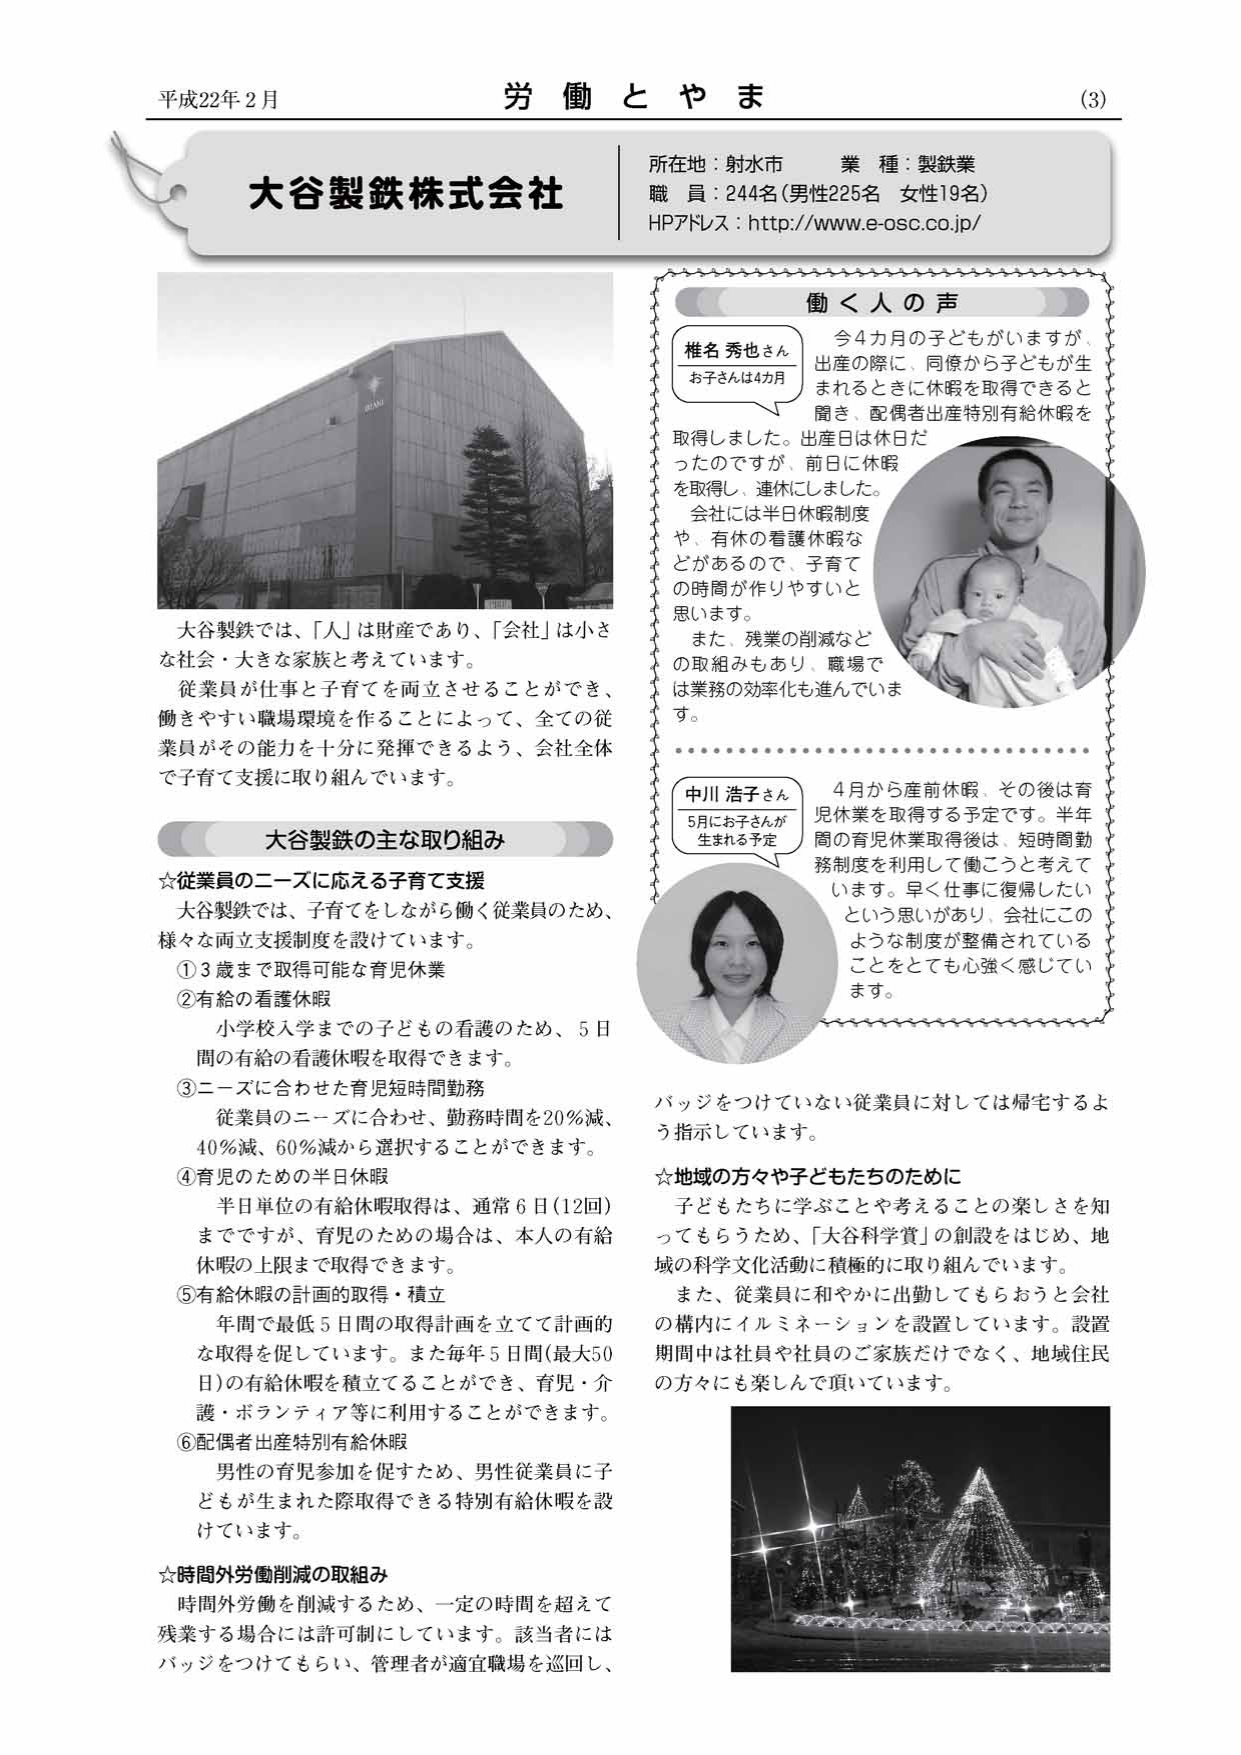
平成22年2月
労働とやま
(3)

大谷製鉄株式会社
所在地：射水市 業種：製鉄業
職員：244名（男性225名 女性19名）
HPアドレス：http://www.e-osc.co.jp/

大谷製鉄では、「人」は財産であり、「会社」は小さ
な社会・大きな家族と考えています。
従業員が仕事と子育てを両立させることができ、
働きやすい職場環境を作ることによって、全ての従
業員がその能力を十分に発揮できるよう、会社全体
で子育て支援に取り組んでいます。

大谷製鉄の主な取り組み

☆従業員のニーズに応える子育て支援
大谷製鉄では、子育てをしながら働く従業員のため、
様々な両立支援制度を設けています。
①3歳まで取得可能な育児休業
②有給の看護休暇
　小学校入学までの子どもの看護のため、5日
　間の有給の看護休暇を取得できます。
③ニーズに合わせた育児短時間勤務
　従業員のニーズに合わせ、勤務時間を20％減、
　40％減、60％減から選択することができます。
④育児のための半日休暇
　半日単位の有給休暇取得は、通常6日（12回）
　までですが、育児のための場合は、本人の有給
　休暇の上限まで取得できます。
⑤有給休暇の計画的取得・積立
　年間で最低5日間の取得計画を立てて計画的
　な取得を促しています。また毎年5日間（最大50
　日）の有給休暇を積立てることができ、育児・介
　護・ボランティア等に利用することができます。
⑥配偶者出産特別有給休暇
　男性の育児参加を促すため、男性従業員に子
　どもが生まれた際取得できる特別有給休暇を設
　けています。

☆時間外労働削減の取組み
　時間外労働を削減するため、一定の時間を超えて
　残業する場合には許可制としています。該当者には
　バッジをつけてもらい、管理者が適宜職場を巡回し、

働く人の声

椎名秀也さん
お子さんは4カ月

今4カ月の子どもがいますが、
出産の際に、同僚から子どもが生
まれるときに休暇を取得できると
聞き、配偶者出産特別有給休暇を
取得しました。出産日は休日だ
ったのですが、前日に休暇
を取得し、連休にしました。
会社には半日休暇制度
や、有休の看護休暇な
どがあるので、子育て
の時間が作りやすいと
思います。
また、残業の削減など
の取組みもあり、職場で
は業務の効率化も進んでいま
す。

中川浩子さん
5月にお子さんが
生まれる予定

4月から産前休暇、その後は育
児休業を取得する予定です。半年
間の育児休業取得後は、短時間勤
務制度を利用して働こうと考えて
います。早く仕事に復帰したい
という思いがあり、会社にこの
ような制度が整備されている
ことをとても心強く感じてい
ます。

バッジをつけていない従業員に対しては帰宅するよ
う指示しています。

☆地域の方々や子どもたちのために
　子どもたちに学ぶことや考えることの楽しさを知
　ってもらうため、「大谷科学賞」の創設をはじめ、地
　域の科学文化活動に積極的に取り組んでいます。
　また、従業員に和やかに出勤してもらおうと会社
　の構内にイルミネーションを設置しています。設置
　期間中は社員や社員のご家族だけでなく、地域住民
　の方々にも楽しんで頂いています。